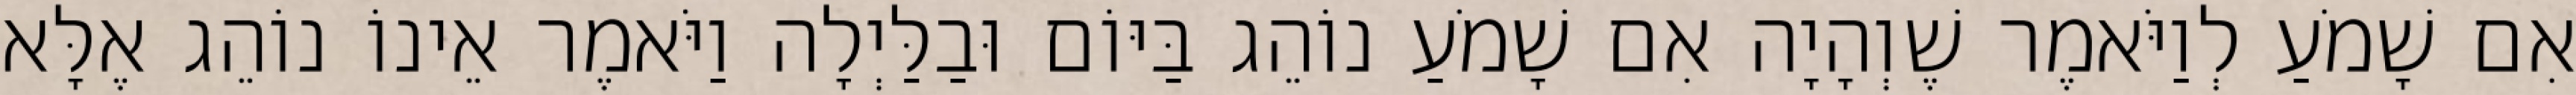
אִם שָׁמֹעַ לְוַיֹּאמֶר שֶׁוְהָיָה אִם שָׁמֹעַ נוֹהֵג בַּיּוֹם וּבַלַּיְלָה וַיֹּאמֶר אֵינוֹ נוֹהֵג אֶלָּא